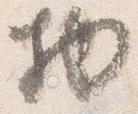
物